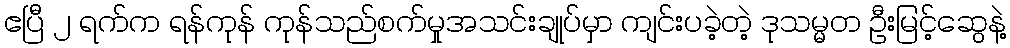
ဧပြီ ၂ ရက်က ရန်ကုန် ကုန်သည်စက်မှုအသင်းချုပ်မှာ ကျင်းပခဲ့တဲ့ ဒုသမ္မတ ဦးမြင့်ဆွေနဲ့